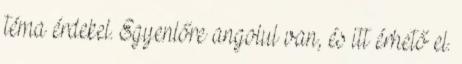
téma érdekel. Egyenlőre angolul van, és itt érhető el.